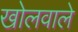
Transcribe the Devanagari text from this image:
खोलवाले